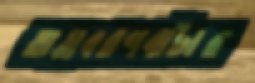
তাম্রবরণবাটার